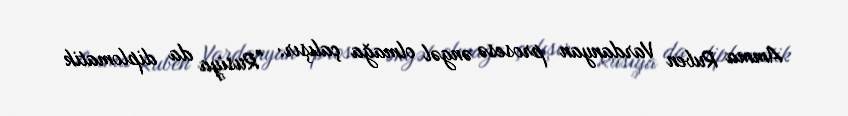
Amma Ruben Vardanyan prosesə əngəl olmağa çalışır: "Rusiya da diplomatik